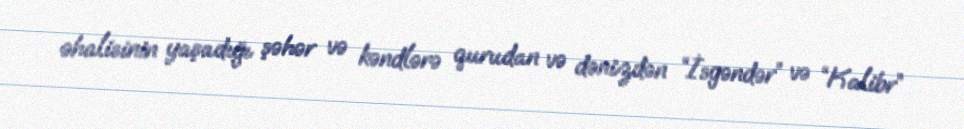
əhalisinin yaşadığı şəhər və kəndlərə qurudan və dənizdən “İsgəndər” və “Kalibr”